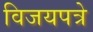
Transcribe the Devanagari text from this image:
विजयपत्रे